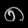
Digit: ၈